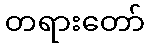
တရားတော်